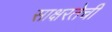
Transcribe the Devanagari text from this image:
साक्षरतेची